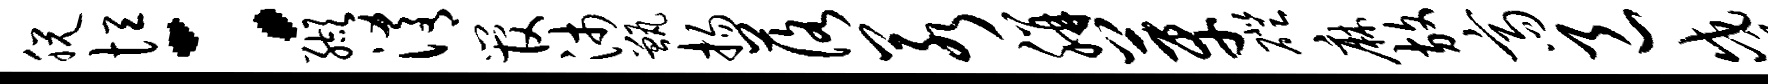
脱恒：缬淆管沛甑扬落若胼芽磴麻放斋邑戍况